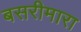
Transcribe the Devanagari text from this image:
बसरीमारा